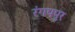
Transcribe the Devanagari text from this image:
रंगपपुर